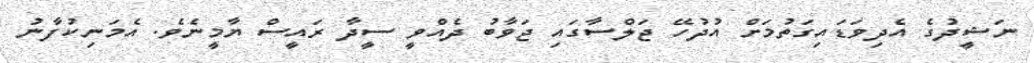
ނަޝީދުގެ އެދިވަޑައިގަތުމަށް އުދުހޭ ޖަލްސާގައި ޖަވާބު ދެއްވީ ސީދާ ރައީސް ޔާމީނެވެ. އެމަނިކުފާނު